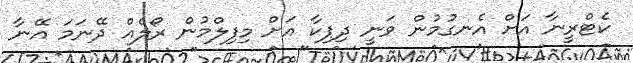
ކެޓްރީނާ އަށް އެނގުމުން ވަނީ ދިޕިކާ އަށް މިފިލްމުން ރޯލެއް ދޭނަމަ އޭނާ